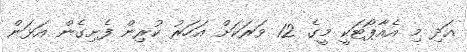
އަދި މި އެއާޕޯޓަކީ މީގެ 12 ވަރަކަށް އަހަރު ކުރިން ފެށިގެން އަޅަން